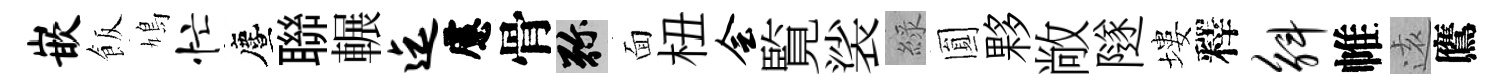
嵌飯鳩忙󵨌聯輾迄慮骨弥面杻会覧裟綠圎夥敞隧塿釋斛帷逺鷹